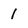
Character: 1